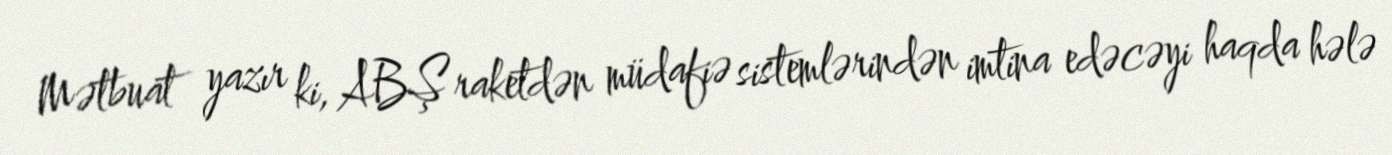
Mətbuat yazır ki, ABŞ raketdən müdafiə sistemlərindən imtina edəcəyi haqda hələ